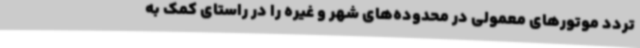
تردد موتورهای معمولی در محدوده‌های شهر و غیره را در راستای کمک به